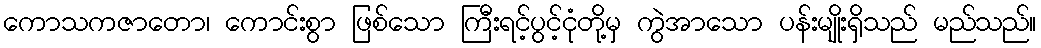
ကောသကဇာတော၊ ကောင်းစွာ ဖြစ်သော ကြီးရင့်ပွင့်ငုံတို့မှ ကွဲအာသော ပန်းမျိုးရှိသည် မည်သည်။